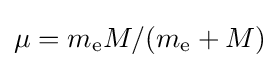
\mu =m_{\text{e}}M/(m_{\text{e}}+M)